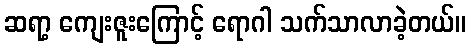
ဆရာ့ ကျေးဇူးကြောင့် ရောဂါ သက်သာလာခဲ့တယ်။